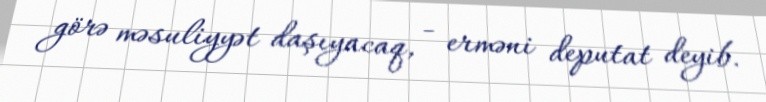
görə məsuliyyət daşıyacaq, - erməni deputat deyib.